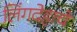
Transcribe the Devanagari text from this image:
लिंगदेहाचें